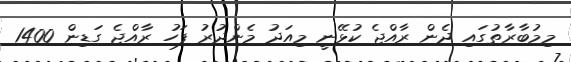
މިމުބާރާތުގައި ދެން ރާއްޖެ ކުޅޭނީ މިއަދު މެންދުރު ފަހު ރާއްޖެ ގަޑިން 1400